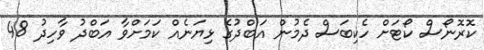
ކޮރޮނޯސް ކޯޓަށް ހެކިބަސް ދެމުން އަބްދުގެ ޅިޔަނެއް ކަމަށްވާ އަބްދު ވާހިދު 48